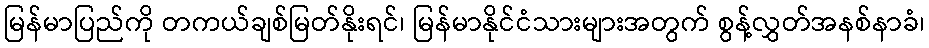
မြန်မာပြည်ကို တကယ်ချစ်မြတ်နိုးရင်၊ မြန်မာနိုင်ငံသားများအတွက် စွန့်လွှတ်အနစ်နာခံ၊